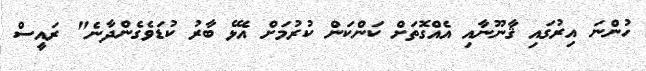
ހުންނަ އިރުގައި ޤާނޫނާއި އެއްގޮތަށް ކަންކަން ކުރުމަށް އެޅޭ ބާރު ކުޑަވެގެންދާނެ" ރައީސް